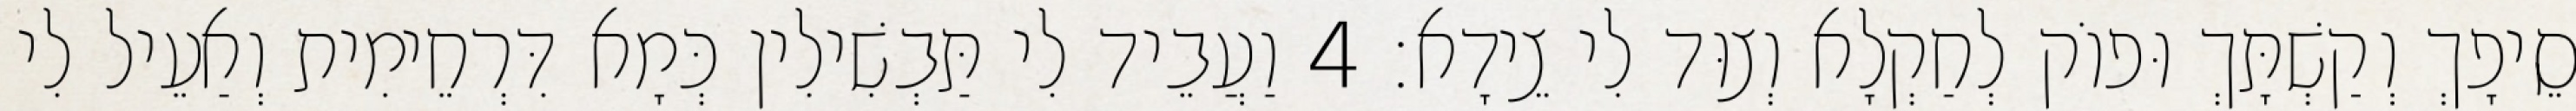
סֵיפָךְ וְקַשְׁתָּךְ וּפוֹק לְחַקְלָא וְצוּד לִי צֵידָא׃ 4 וַעֲבֵיד לִי תַּבְשִׁילִין כְּמָא דִּרְחֵימִית וְאַעֵיל לִי